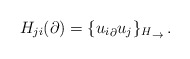
\begin{align*}H_{ji}(\partial)={\{{u_i}_\partial{u_j}\}_H}_\to\,.\end{align*}